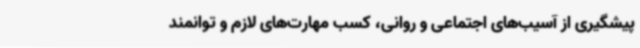
پیشگیری از آسیب‌های اجتماعی و روانی، کسب مهارت‌های لازم و توانمند